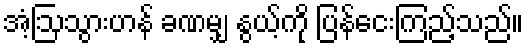
အံ့ဩသွားဟန် ခဏမျှ နွယ့်ကို ပြန်ငေးကြည့်သည်။